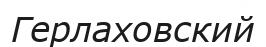
Герлаховский